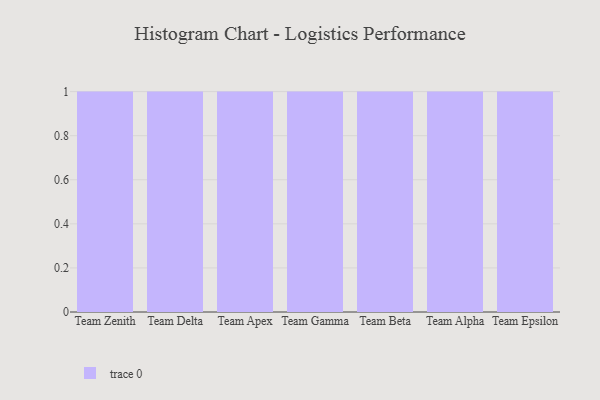
{"axis": {"x": "Team", "y": "Demand Index"}, "legend": [""], "data": [{"x": "Team Zenith", "y": 23, "type": ""}, {"x": "Team Delta", "y": 74, "type": ""}, {"x": "Team Apex", "y": 85, "type": ""}, {"x": "Team Gamma", "y": 52, "type": ""}, {"x": "Team Beta", "y": 69, "type": ""}, {"x": "Team Alpha", "y": 77, "type": ""}, {"x": "Team Epsilon", "y": 6, "type": ""}]}